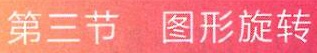
第三节 图形旋转